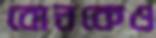
বোনকেও